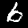
Label: 6